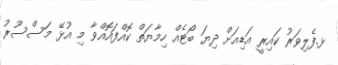
ޅ.ފެލިވަރު ކައިރީ އަޑިއަށް ދިޔަ ބޯޓެއް ހިމާޔަތް ކޮއްފައޮއްވާ މި އުޅޭ މަސްސޫރު